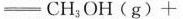
$$= C H _ { 3 } O H ( g ) = +$$